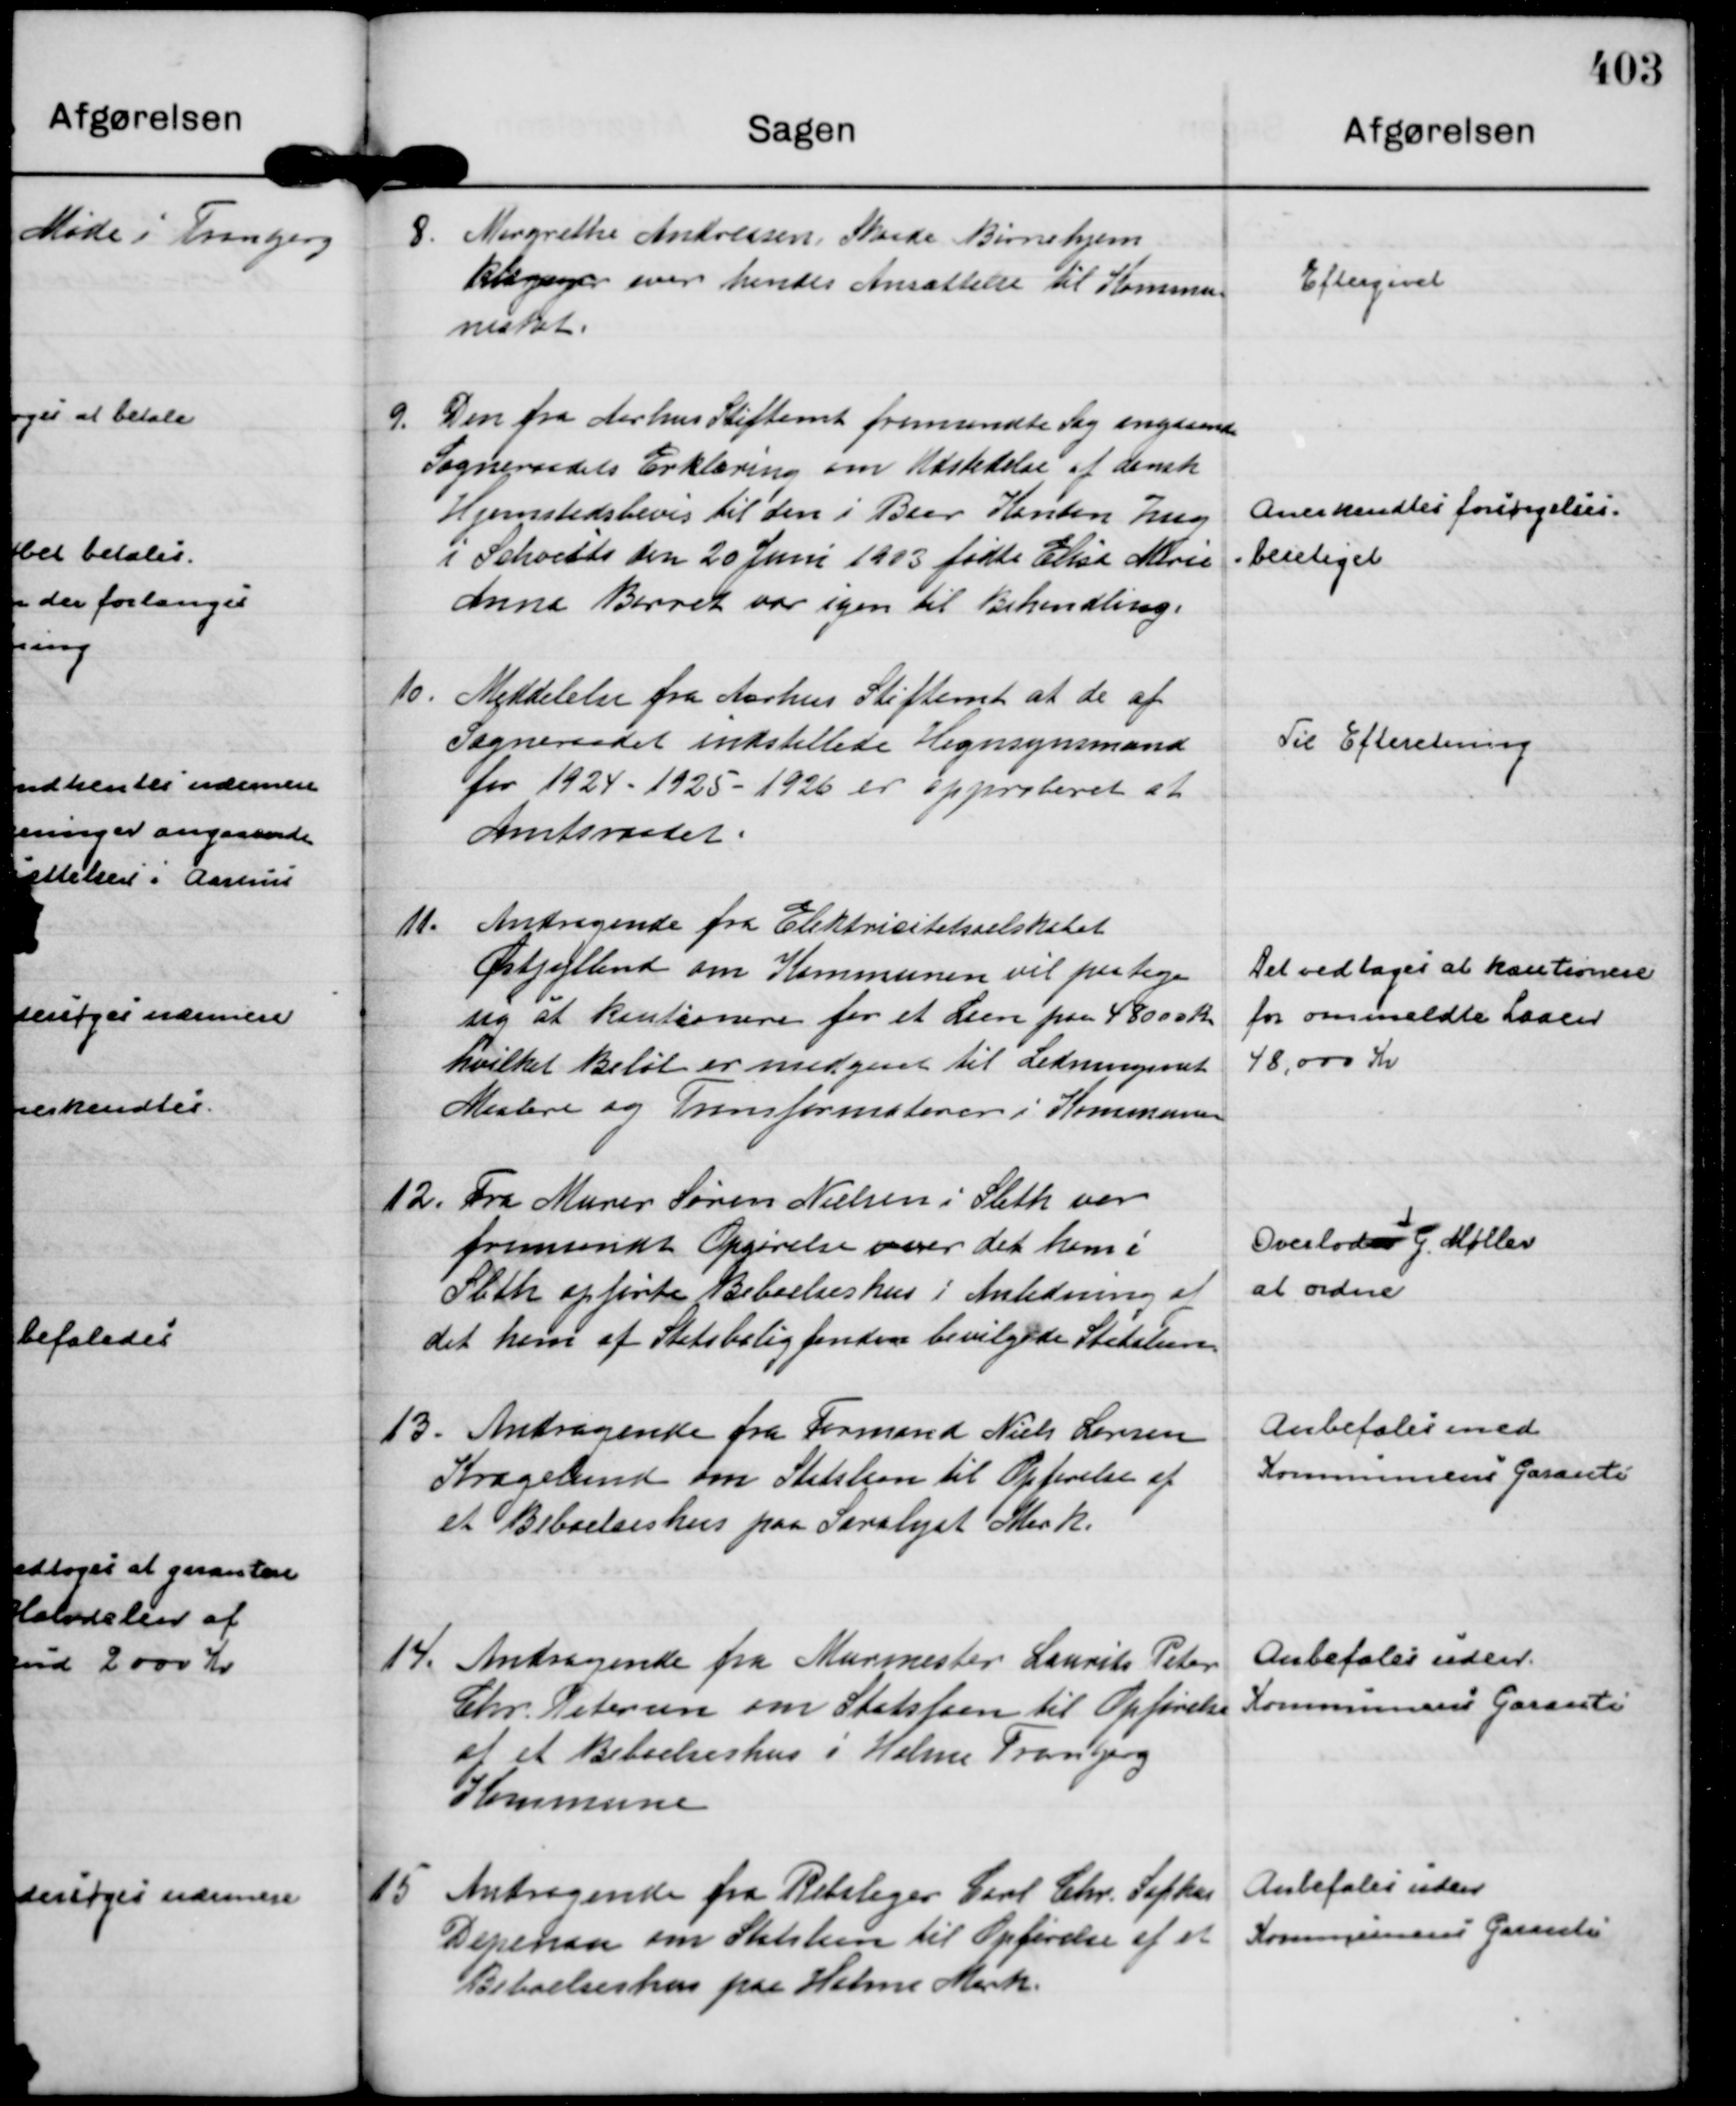
Transskription:
8.
Margrethe Andreasen, Skaade Børnehjem
klageger over hendes Ansættelse til Kommu=
neskat.

Eftergivet

9.
Den fra Aarhus Stiftamt fremsendte Sag angaaende
Sogneraadets Erklæring om Udstedelse af dansk
Hjemstedsbevis til den i Baar Kanton Zug 
i Schveits den 20 Juni 1903 fødte Elisa Marie
Anna Barret var igen til Behandling.

Anerkendtes forsørgelses=
= beretiget

10.
Meddelelse fra Aarhus Stiftamt at de af
Sogneraadet indstillede Hegnsynsmænd
for 1924 - 1925 - 1926 er approberet at
Amtsraadet.

Til Efteretning

11.
Andragende fra Elektricitetsselskabet
Østjylland om Kommunen vil paatage
sig at kautionere for et Laan paa 48000 Kr
hvilket Beløb er medgaaet til Ledningsnet
Maalere og Transformatorer i Kommunen

Det vedtages at kautionere
for ommeldte Laaen
48.000 Kr

12.
Fra Murer Søren Nielsen i Sleth var
fremsendt Opgørelse over det ham i
Sleth opførte Beboelseshus i Anledning af
det ham af Statsboligfonden bevilgede Statslaan.

Overlodes
t
G. Møller
at ordne

13.
Andragende fra Formand Niels Larsen
Kragelund om Statslaan til Opførelse af
et Beboelseshus paa Saralyst Mark.

Anbefales med
Kommunens Garanti

14.
Andragende fra Murmester Laurits Peter
Chr. Petersen om Statslaan til Opførelse
af et Beboelseshus i Holme Tranbjeg
Kommune

Anbefales uden
Kommunens Garanti

15
Andragende fra Rebslager Carl Chr. Sophus  
Depenau om Statslaan til Opførelse af et
Beboelseshus paa Holme Mark.

Anbefales uden
Kommunens Garanti